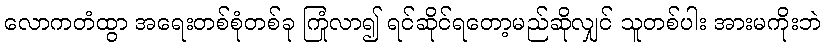
လောကတံထွာ အရေးတစ်စုံတစ်ခု ကြုံလာ၍ ရင်ဆိုင်ရတော့မည်ဆိုလျှင် သူတစ်ပါး အားမကိုးဘဲ